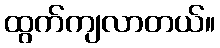
ထွက်ကျလာတယ်။